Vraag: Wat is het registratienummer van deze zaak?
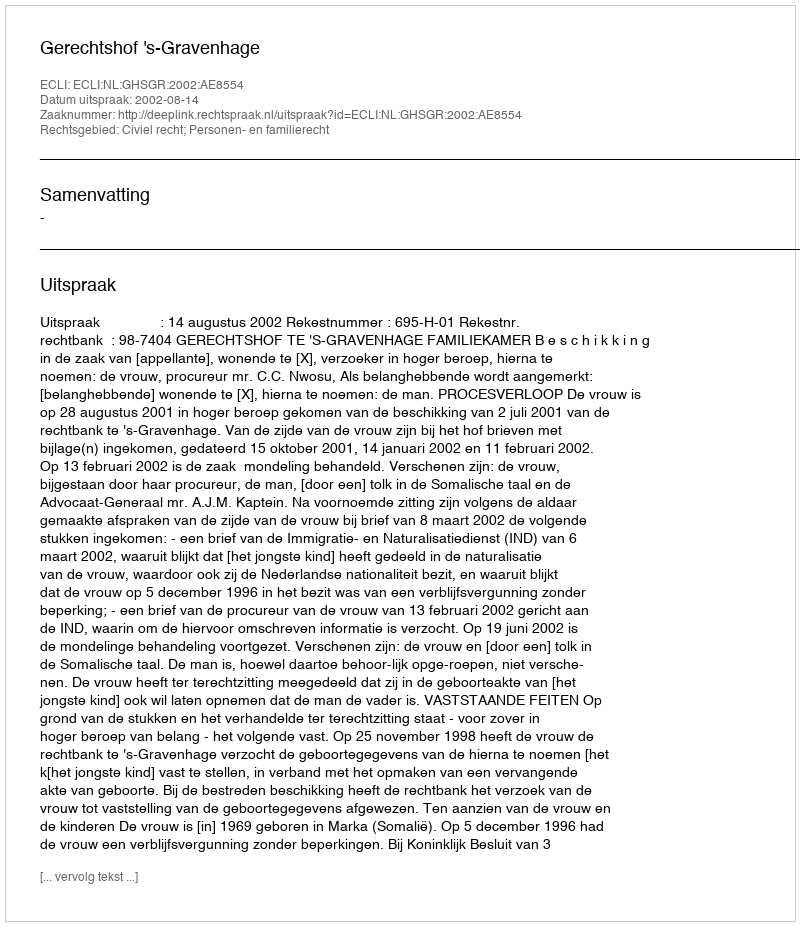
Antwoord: http://deeplink.rechtspraak.nl/uitspraak?id=ECLI:NL:GHSGR:2002:AE8554